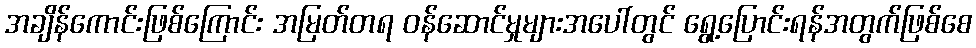
အချိန်ကောင်းဖြစ်ကြောင်း အမြတ်တရ ဝန်ဆောင်မှုများအပေါ်တွင် ရွေ့ပြောင်းရန်အတွက်ဖြစ်စေ